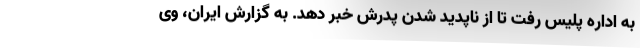
به اداره پلیس رفت تا از ناپدید شدن پدرش خبر دهد. به گزارش ایران، وی